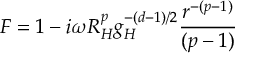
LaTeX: F = 1 - i \omega R _ { H } ^ { p } g _ { H } ^ { - ( d - 1 ) / 2 } { \frac { r ^ { - ( p - 1 ) } } { ( p - 1 ) } }